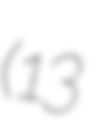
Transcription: (13